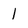
Character: 1